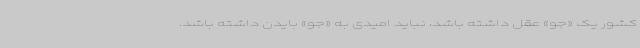
کشور یک «جو» عقل داشته باشد، نباید امیدی به «جو» بایدن داشته باشد.